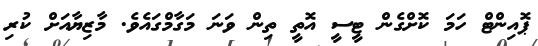
ޕޮއިންޓް ހަމަ ކޮށްގެން ޓީސީ އޮތީ ތިން ވަނަ މަގާމްގައެވެ. މާޒިޔާއަށް ކުރި